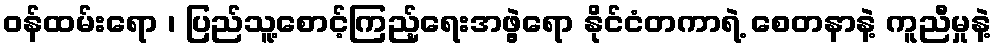
ဝန်ထမ်းရော ၊ ပြည်သူ့စောင့်ကြည့်ရေးအဖွဲ့ရော နိုင်ငံတကာရဲ့ စေတနာနဲ့ ကူညီမှုနဲ့